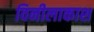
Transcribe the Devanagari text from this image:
विनीलाकाश